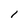
Character: l